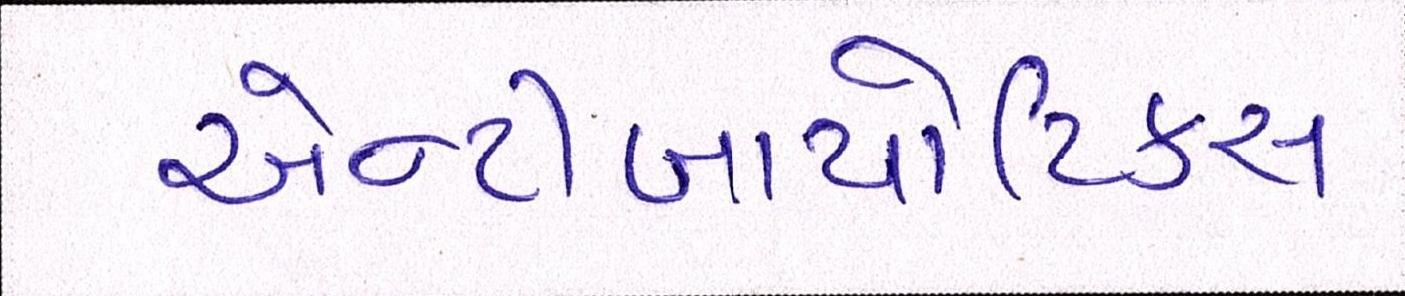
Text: એન્ટીબાયોટિકસ